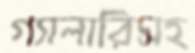
গ্যালারিসহ